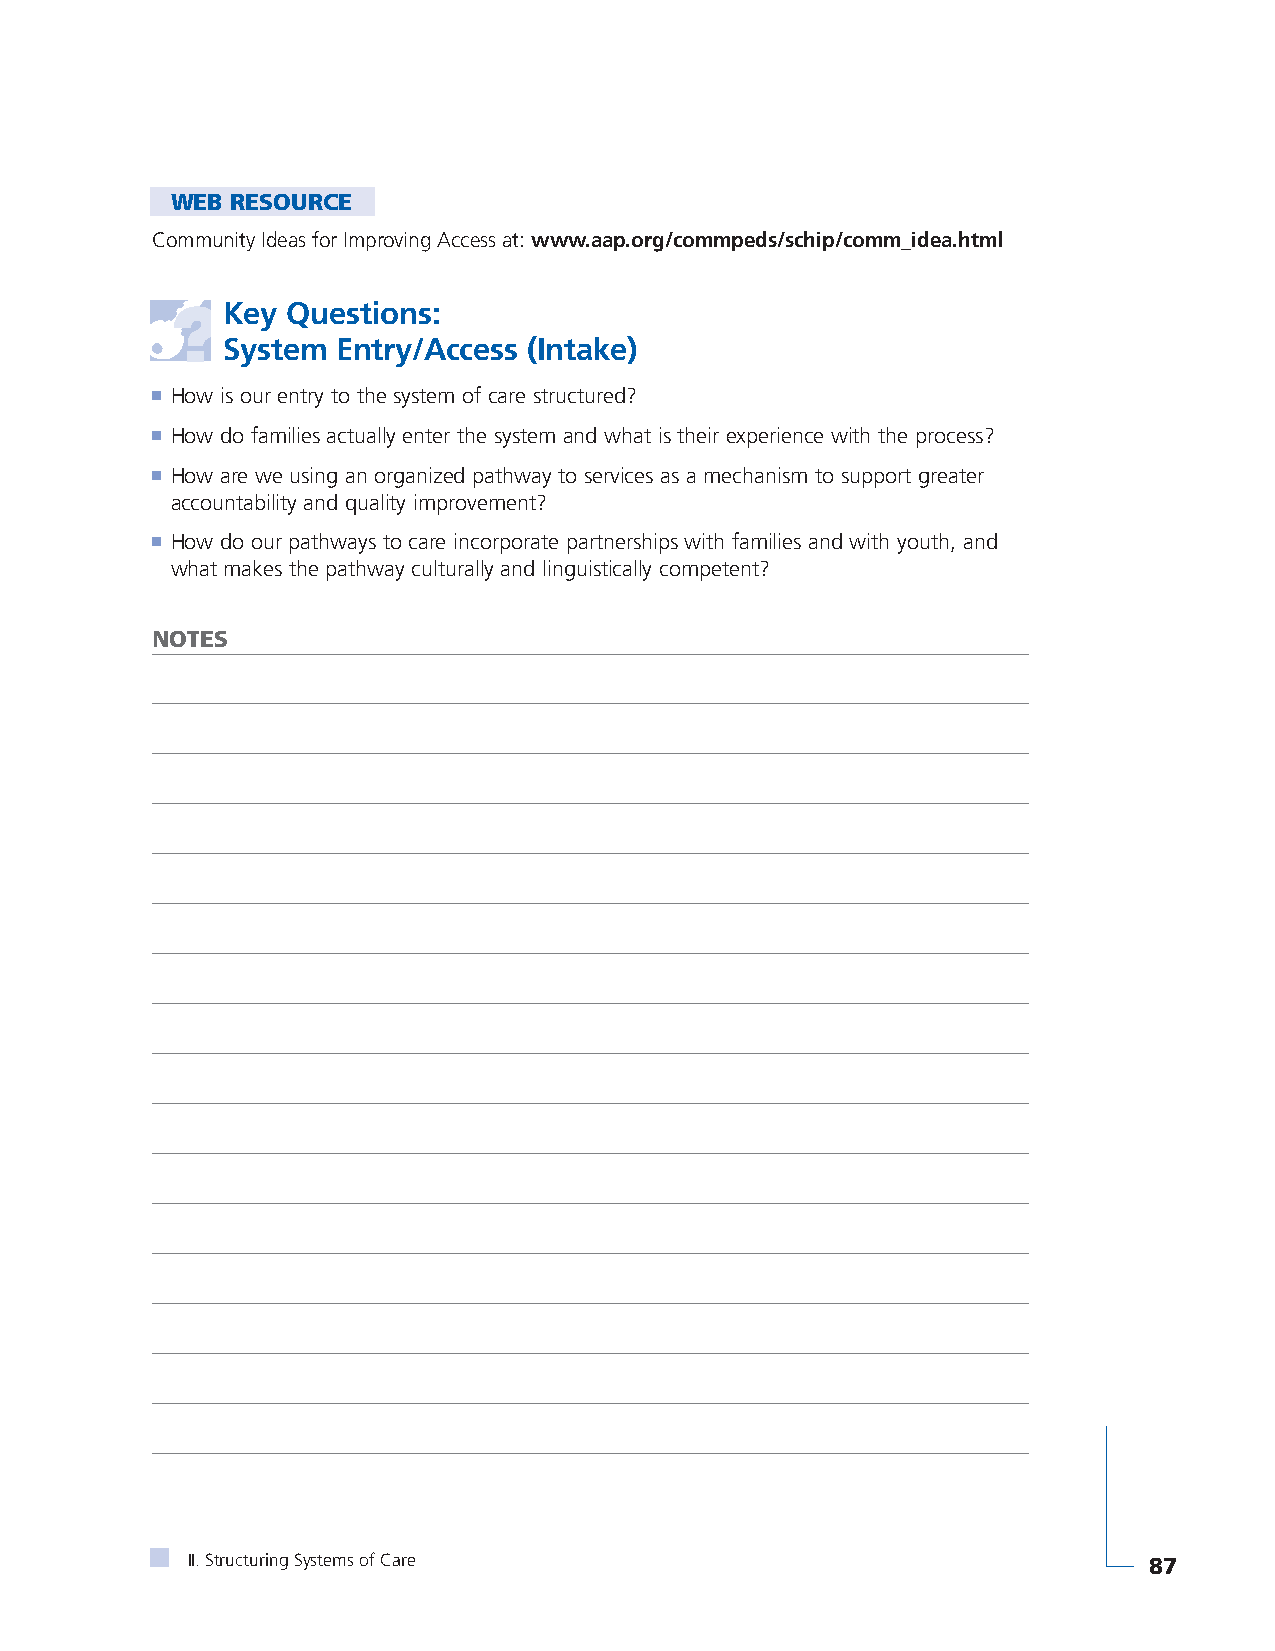
WEB RESOURCE
 Community Ideas for Improving Access at: www.aap.org/commpeds/schip/comm_idea.html
 Key Questions:
 System Entry/Access (Intake)
 ■ How is our entry to the system of care structured?
 ■ How do families actually enter the system and what is their experience with the process?
 ■ How are we using an organized pathway to services as a mechanism to support greater
 accountability and quality improvement?
 ■ How do our pathways to care incorporate partnerships with families and with youth, and
 what makes the pathway culturally and linguistically competent?
 NOTES
 II. Structuring Systems of Care                                 87